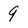
Character: 9